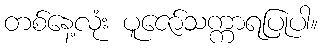
တစ်နေ့လုံး ပူဇော်သက္ကာရပြုပါ။